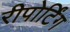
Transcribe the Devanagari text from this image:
रीपोर्टिंग